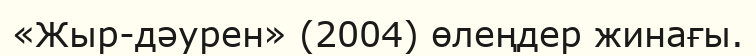
«Жыр-дәурен» (2004) өлеңдер жинағы.